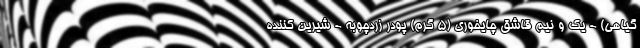
گیاهی) - یک و نیم قاشق چایخوری (5 گرم) پودر زردچوبه - شیرین کننده